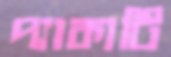
প্যাকাটি